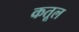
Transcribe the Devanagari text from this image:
कतूल